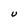
Character: U